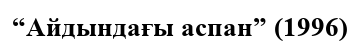
“Айдындағы аспан” (1996)